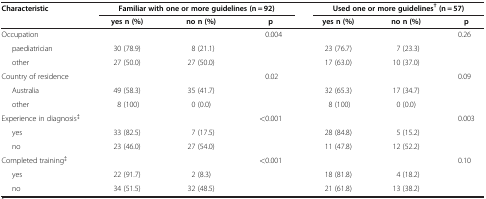
<table><thead><tr><td rowspan="2"><b>Characteristic</b></td><td colspan="3"><b>Familiar with one or more guidelines (n = 92)</b></td><td colspan="3"><b>Used one or more guidelines<sup>†</sup> (n = 57)</b></td></tr><tr><td><b>yes n (%)</b></td><td><b>no n (%)</b></td><td><b>p</b></td><td><b>yes n (%)</b></td><td><b>no n (%)</b></td><td><b>p</b></td></tr></thead><tbody><tr><td>Occupation</td><td> </td><td> </td><td>0.004</td><td> </td><td> </td><td>0.26</td></tr><tr><td>paediatrician</td><td>30 (78.9)</td><td>8 (21.1)</td><td> </td><td>23 (76.7)</td><td>7 (23.3)</td><td> </td></tr><tr><td>other</td><td>27 (50.0)</td><td>27 (50.0)</td><td> </td><td>17 (63.0)</td><td>10 (37.0)</td><td> </td></tr><tr><td>Country of residence</td><td> </td><td> </td><td>0.02</td><td> </td><td> </td><td>0.09</td></tr><tr><td>Australia</td><td>49 (58.3)</td><td>35 (41.7)</td><td> </td><td>32 (65.3)</td><td>17 (34.7)</td><td> </td></tr><tr><td>other</td><td>8 (100)</td><td>0 (0.0)</td><td> </td><td>8 (100)</td><td>0 (0.0)</td><td> </td></tr><tr><td>Experience in diagnosis<sup>‡</sup></td><td> </td><td> </td><td>&lt;0.001</td><td> </td><td> </td><td>0.003</td></tr><tr><td>yes</td><td>33 (82.5)</td><td>7 (17.5)</td><td> </td><td>28 (84.8)</td><td>5 (15.2)</td><td> </td></tr><tr><td>no</td><td>23 (46.0)</td><td>27 (54.0)</td><td> </td><td>11 (47.8)</td><td>12 (52.2)</td><td> </td></tr><tr><td>Completed training<sup>‡</sup></td><td> </td><td> </td><td>&lt;0.001</td><td> </td><td> </td><td>0.10</td></tr><tr><td>yes</td><td>22 (91.7)</td><td>2 (8.3)</td><td> </td><td>18 (81.8)</td><td>4 (18.2)</td><td> </td></tr><tr><td>no</td><td>34 (51.5)</td><td>32 (48.5)</td><td> </td><td>21 (61.8)</td><td>13 (38.2)</td><td> </td></tr></tbody></table>